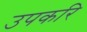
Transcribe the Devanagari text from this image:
उपकरि